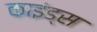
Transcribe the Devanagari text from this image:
काइंड्स